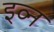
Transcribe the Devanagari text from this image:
इव्न